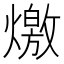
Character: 燩